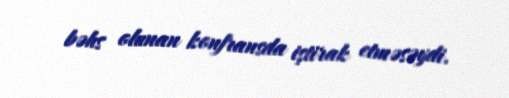
bəhs olunan konfransda iştirak etməsəydi.